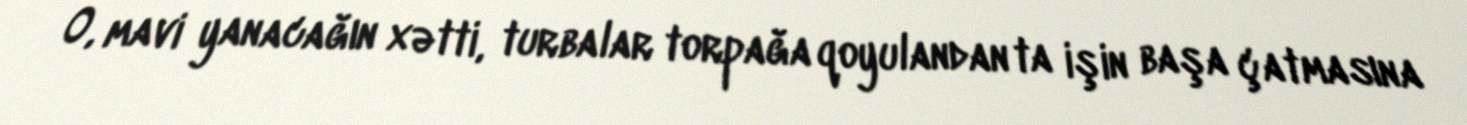
O, mavi yanacağın xətti, turbalar torpağa qoyulandan ta işin başa çatmasına